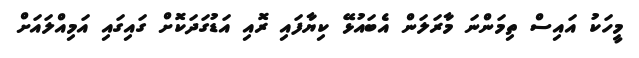
މީހަކު އައިސް ތިމަންނަ މާރަލަން އެބައުޅޭ ކިޔާފައި ރޮއި އަޑުގަދަކޮށް ގައިގައި އަމިއްލައަށް